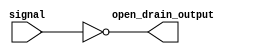
module open_drain_inverter(
    input wire signal,
    output wire open_drain_output
);

assign open_drain_output = ~signal;

endmodule